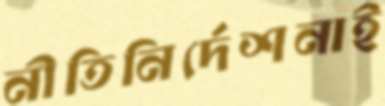
নীতিনির্দেশনাই